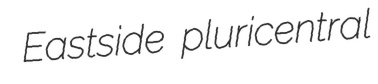
Eastside pluricentral